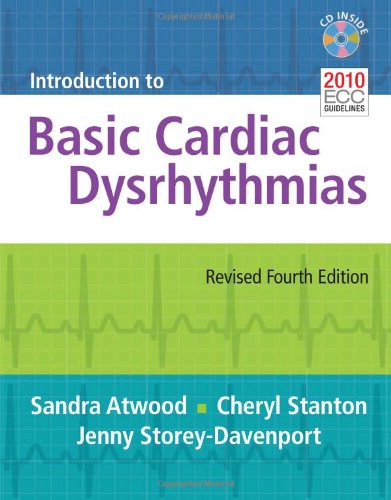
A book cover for Introduction To Basic Cardiac Dysrhythmias; Sandra Atwood; Computers & Technology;